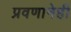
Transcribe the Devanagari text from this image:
प्रवणानेही